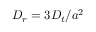
D _ { r } = 3 D _ { t } / a ^ { 2 }